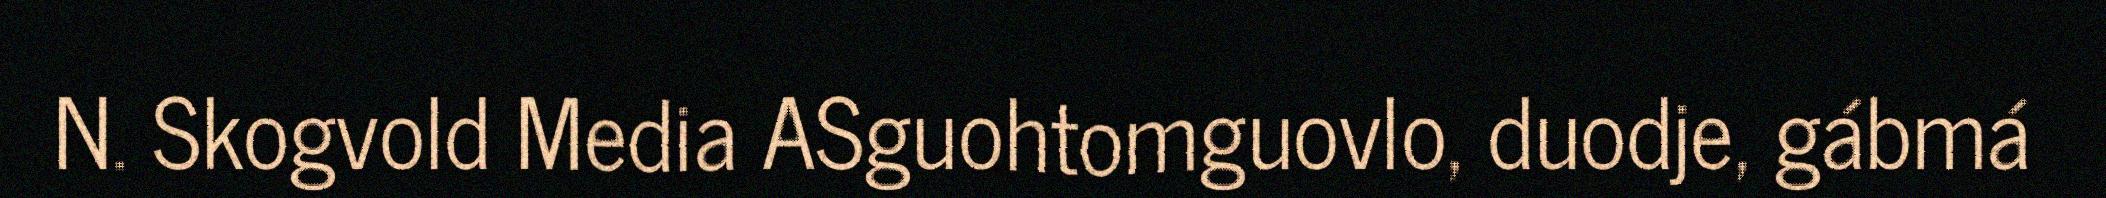
N. Skogvold Media ASguohtomguovlo, duodje, gábmá